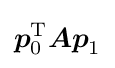
{\boldsymbol {p}}_{0}^{\mathrm {T} }{\boldsymbol {Ap}}_{1}